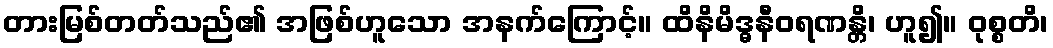
တားမြစ်တတ်သည်၏ အဖြစ်ဟူသော အနက်ကြောင့်။ ထိနိမိဒ္ဓနီဝရဏန္တိ၊ ဟူ၍။ ဝုစ္စတိ၊